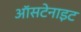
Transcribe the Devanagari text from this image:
ऑसटेनाइट